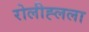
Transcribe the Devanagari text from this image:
रोलीह्लला